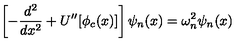
\left[ - \frac { d ^ { 2 } } { d x ^ { 2 } } + U ^ { \prime \prime } [ \phi _ { c } ( x ) ] \right] \psi _ { n } ( x ) = \omega _ { n } ^ { 2 } \psi _ { n } ( x )